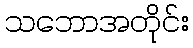
သဘောအတိုင်း